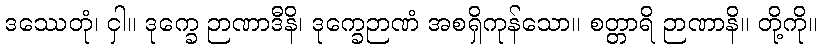
ဒဿေတုံ၊ ငှါ။ ဒုက္ခေ ဉာဏာဒီနိ၊ ဒုက္ခေဉာဏံ အစရှိကုန်သော။ စတ္တာရိ ဉာဏာနိ။ တို့ကို။